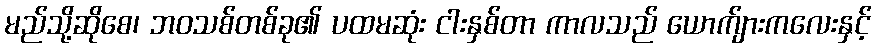
မည်သို့ဆိုစေ၊ ဘဝသစ်တစ်ခု၏ ပထမဆုံး ငါးနှစ်တာ ကာလသည် ယောက်ျားကလေးနှင့်